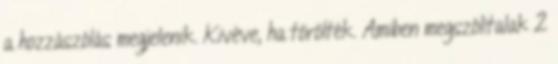
a hozzászólás megjelenik. Kivéve, ha törölték. Amiben megszólítalak 2